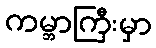
ကမ္ဘာကြီးမှာ